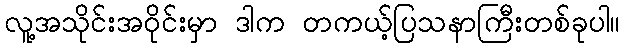
လူ့အသိုင်းအဝိုင်းမှာ ဒါက တကယ့်ပြသနာကြီးတစ်ခုပါ။